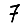
Digit: 7